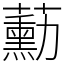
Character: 蘍